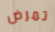
تمرض